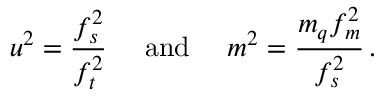
u ^ { 2 } = { \frac { f _ { s } ^ { 2 } } { f _ { t } ^ { 2 } } } \quad \mathrm { ~ a n d ~ } \quad m ^ { 2 } = { \frac { m _ { q } f _ { m } ^ { 2 } } { f _ { s } ^ { 2 } } } \, .